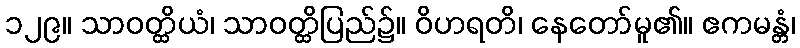
၁၂၉။ သာဝတ္ထိယံ၊ သာဝတ္ထိပြည်၌။ ဝိဟရတိ၊ နေတော်မူ၏။ ဧကမန္တံ၊